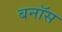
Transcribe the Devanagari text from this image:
बनॉस